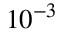
1 0 ^ { - 3 }